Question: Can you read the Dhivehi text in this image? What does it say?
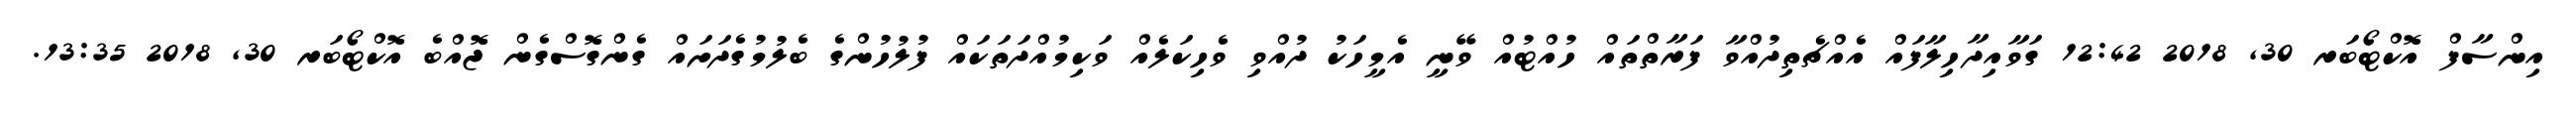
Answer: އިންސާފް އޮކްޓޯބަރ 30, 2018 12:42 ގަވާއިދާހިލާފައް އެއްޗެތިދުއްވާ ފަރާތްތައް ހުއްޓުއް ވޭނީ އެމީހަކު ދުއްވި ވެހިކަލެއް ވަކިމުއްދަތަކައް ފުލުހުންގެ ބެލުމުގެދަށައް ގެންގޮސްގެން ޖޮއްބެ އޮކްޓޯބަރ 30, 2018 13:35.